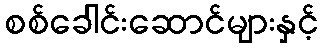
စစ်ခေါင်းဆောင်များနှင့်